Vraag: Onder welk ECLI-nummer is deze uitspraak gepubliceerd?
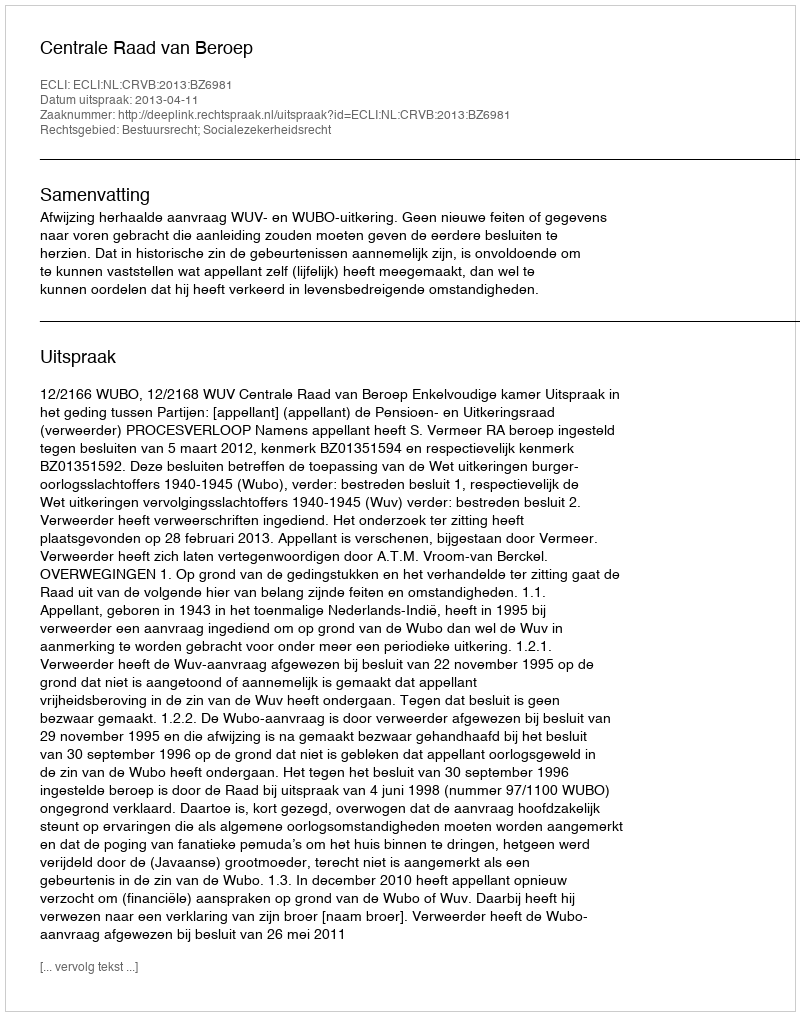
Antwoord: ECLI:NL:CRVB:2013:BZ6981